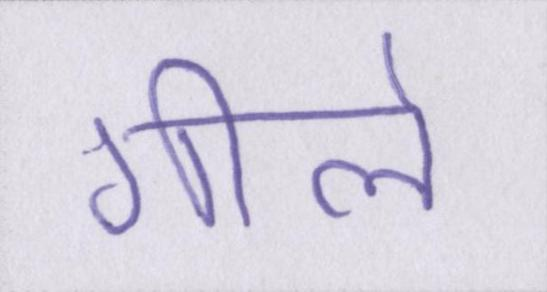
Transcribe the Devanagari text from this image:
गीले